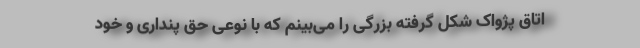
اتاق پژواک شکل گرفته بزرگی را می‌بینم که با نوعی حق پنداری و خود